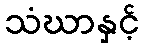
သံဃာနှင့်